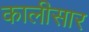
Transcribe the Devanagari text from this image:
कालीसार